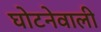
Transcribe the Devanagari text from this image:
घोटनेवाली